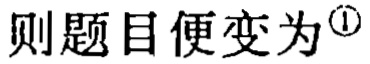
则题目便变为\footnote{\textcircled{1}}